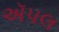
ઍપલ